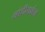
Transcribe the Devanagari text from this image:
नांदीदर्शन